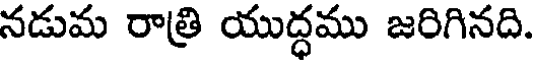
నడుమ రాత్రి యుద్ధము జరిగినది.